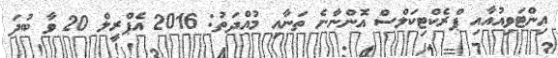
އިންޓަވިއުއާއި ޕްރެކްޓިކަލްސް އޮންނާނެ ތަނާއި މުއްދަތު: 2016 އެޕްރީލް 20 ވާ ބުދަ